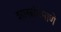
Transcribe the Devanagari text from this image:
शास्त्रांप्रमाणे